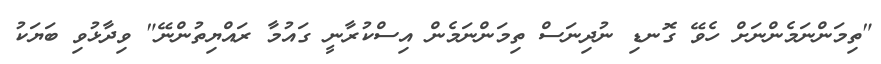
"ތިމަންނަމެންނަށް ހެވޭ ގޮނޑި ނުދިނަސް ތިމަންނަމެން އިސްކުރާނީ ގައުމާ ރައްޔިތުންނޭ" ވިދާޅުވި ބަޔަކު